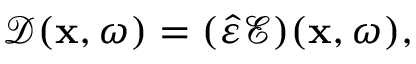
\boldsymbol { \mathcal { D } } ( \mathbf { x } , \omega ) = ( \hat { \varepsilon } \boldsymbol { \mathcal { E } } ) ( \mathbf { x } , \omega ) ,